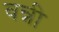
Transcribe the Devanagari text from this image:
वन्नी